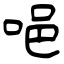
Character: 唈